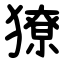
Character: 獠